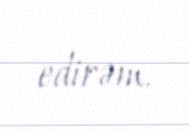
edirəm.